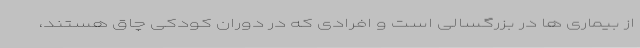
از بیماری ها در بزرگسالی است و افرادی که در دوران کودکی چاق هستند،